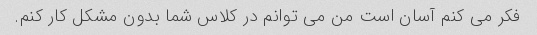
فکر می کنم آسان است من می توانم در کلاس شما بدون مشکل کار کنم.